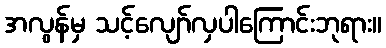
အလွန်မှ သင့်လျော်လှပါကြောင်းဘုရား။